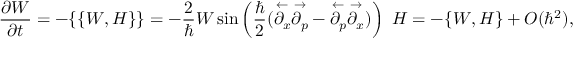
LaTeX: { \frac { \partial W } { \partial t } } = - \{ \{ W , H \} \} = - { \frac { 2 } { \hbar } } W \sin \left( { { \frac { \hbar } { 2 } } ( { \overset { \leftarrow } { \partial _ { x } } } { \overset { \rightarrow } { \partial _ { p } } } - { \overset { \leftarrow } { \partial _ { p } } } { \overset { \rightarrow } { \partial _ { x } } } ) } \right) \ H = - \{ W , H \} + O ( \hbar ^ { 2 } ) ,